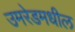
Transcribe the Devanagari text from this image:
उमरेडमधील